King Institute of Preventive Medicine Micro-Biological Section reports 1912-19
Year: 1912
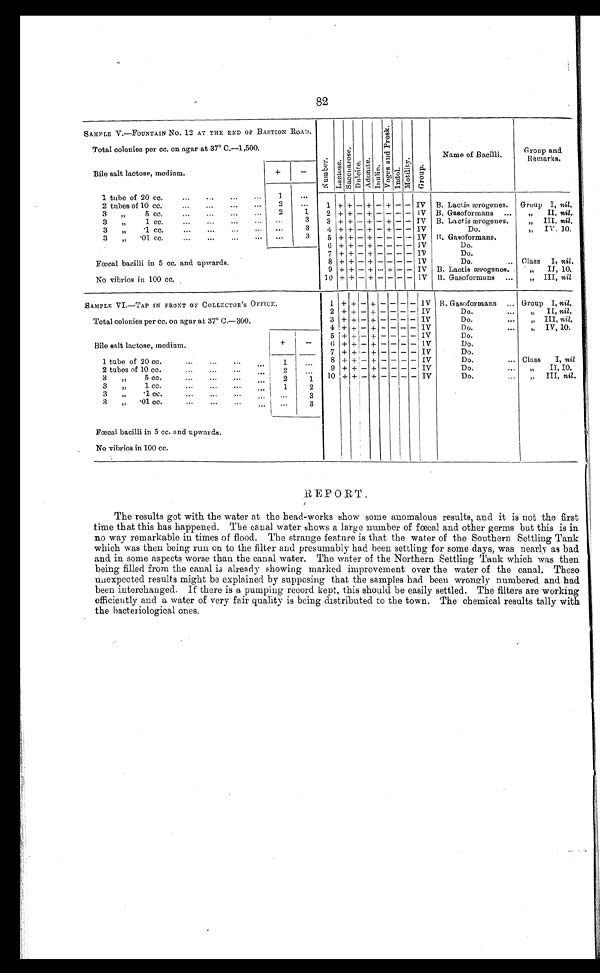
8
2
SAMPLE V.—FOUNTAIN No. 12 AT THE END OF BASTION ROAD.
N u m b e r . L a c t o s e . S a c c h a r o s e .
D u l c i t e .
A d o n i t e . I n u l i n .
V o g e s a n d p r o s k . I n d o l . M o t i l i t y . G r o u p .
Name of Bacilli.
Group and
Remarks.
Total colonies per cc. on agar at 37º C.—1,500.
Bile salt lactose, medium.
+
-
1 tube of 20 cc.
1
.
1 + + - + - + - - IV B. Lactis ærogenes. Group I, nil.
2 tubes of 10 cc.
2
.
3
,,
5 cc.
2
1
2 + + - + - - - - IV B. Gasoformans
„
II, nil,
3 ,, 1 cc.
.
3
3 + + - + - + - - IV B. Lactis ærogenes.
„ III. nil.
, ,
3
„
.1 cc.
.
3
4 + + - + - + - - IV
Do.
.. IV, 10.
3
„
.01 cc.
.
3
5 + + - + - - - - IV B. Gasoformans.
6
+ + - + - - - - IV
Do.
Foecal bacilli in 5 cc. and upwards.
7
+ + -
+ - - - - IV
Do.
8 + + - + - - - - IV
Do.
Class I, nil.
9 + + - + - + - - IV B. Lactis ærogenes
„ II, 10.
No vibrios in 100 cc.
10 + + - + - - - - IV B. Gasoformans
„ III, nil
SAMPLE VI.—TAP IN FRONT OF COLLECTOR'S OFFICE.
1 + + - + - - - - IV B. Gasoformans
Group I, nil.
2 + + - + - - - - IV
Do.
„ II, nil.
Total colonies per cc. on agar at 37º C.—300.
3 + + - + - - - - IV
Do.
III, nil.
4
+
+ - + - - - - IV
Do.
, , I V , 1 0 .
Bile salt lactose, medium.
+
-
5 + + - + - - -
-
IV
Do.
6
+ + - + - - - - IV
Do.
7 + + - + - - - - IV
Do.
1 tube of 20 cc.
1
.
8 +
+
- + - - - - IV
Do.
Class
I, nil
9 + + - + - - - - IV
Do.
, , I I , 1 0 .
2 tubes of 10 cc.
2
.
3
,,
5 cc.
2
.
1
10 + + - + - - - - IV
Do.
„ III, nil.
3
,,
1 cc.
1
2
3
,, .1 cc.
.
3
3
„
.01 cc.
.
3
Foecal bacilli in 5 cc. and upwards.
No vibrios in 100 cc.
REPORT.
The results got with the water at the head-works show some anomalous results, and it is not the first
time that this has happened. The canal water shows a large number of foecal and other germs but this is in
no way remarkable in times of flood. The strange feature is that the water of the Southern Settling Tank
which was then being run on to the filter and presumably had been settling for some days, was nearly as bad
and in some aspects worse than the canal water. The water of the Northern Settling Tank which was then
being filled from the canal is already showing marked improvement over the water of the canal. These
unexpected results might be explained by supposing that the samples had been wrongly numbered and had
been interchanged. If there is a pumping record kept, this should be easily settled. The filters are working
efficiently and a water of very fair quality is being distributed to the town. The chemical results tally with
the bacteriological ones.